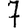
Digit: 7